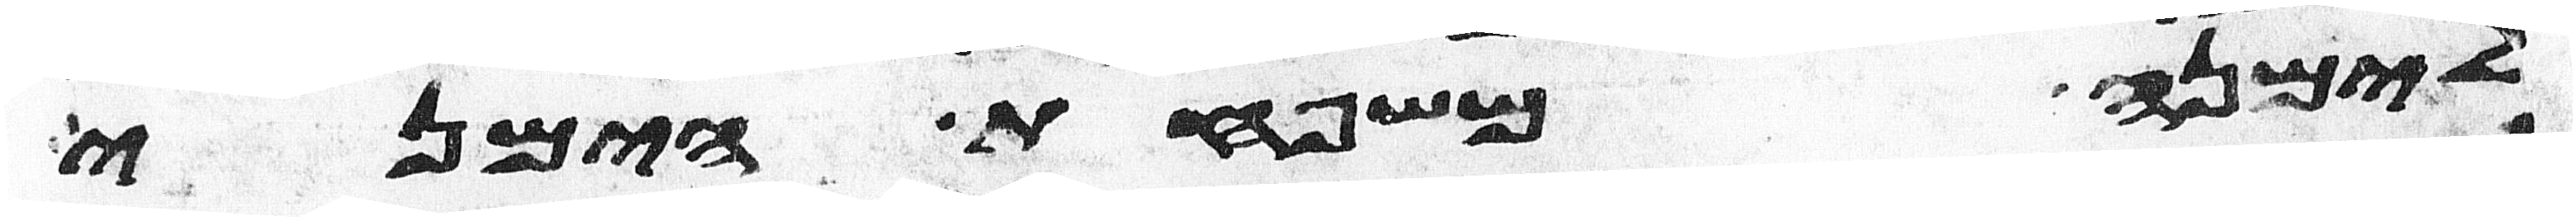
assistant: לימנה משפחת הימני